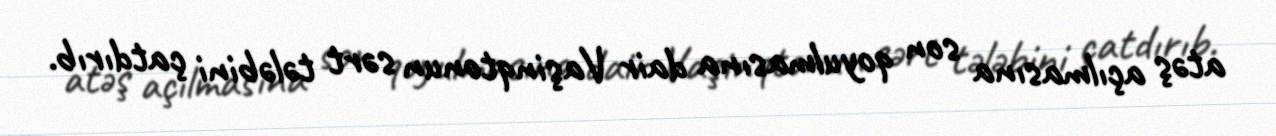
atəş açılmasına son qoyulmasına dair Vaşinqtonun sərt tələbini çatdırıb.